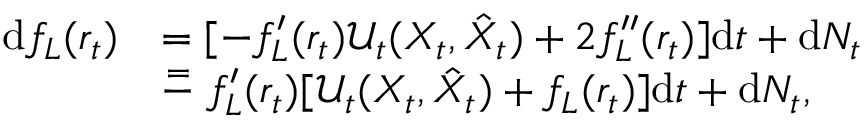
\begin{array} { r l } { \mathrm { d } f _ { L } ( r _ { t } ) } & { = [ - f _ { L } ^ { \prime } ( r _ { t } ) \mathcal { U } _ { t } ( X _ { t } , \hat { X } _ { t } ) + 2 f _ { L } ^ { \prime \prime } ( r _ { t } ) ] \mathrm { d } t + \mathrm { d } N _ { t } } \\ & { \stackrel { = } - f _ { L } ^ { \prime } ( r _ { t } ) [ \mathcal { U } _ { t } ( X _ { t } , \hat { X } _ { t } ) + f _ { L } ( r _ { t } ) ] \mathrm { d } t + \mathrm { d } N _ { t } , } \end{array}